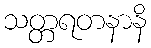
သတ္တရတနာနိ